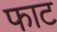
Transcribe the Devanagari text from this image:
फाट